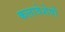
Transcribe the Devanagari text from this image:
कलावेशेषों